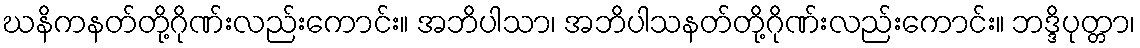
ဃနိကနတ်တို့ဂိုဏ်းလည်းကောင်း။ အဘိပါသာ၊ အဘိပါသနတ်တို့ဂိုဏ်းလည်းကောင်း။ ဘဒ္ဒိပုတ္တာ၊